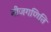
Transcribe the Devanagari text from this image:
बीजगणिति